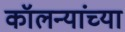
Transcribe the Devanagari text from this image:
कॉलन्यांच्या